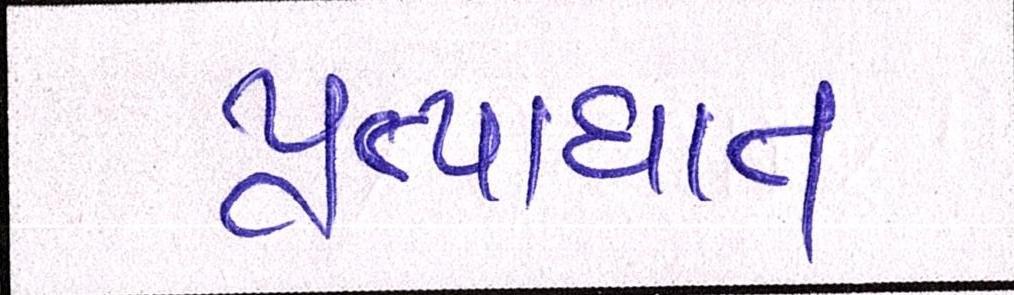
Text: પ્રત્યાઘાત